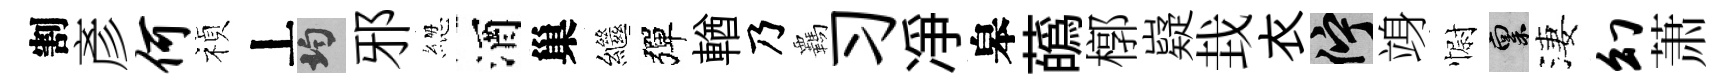
割彥何禎丄均邪緫酒巢繼彈輶乃覊习凈皋蘤槨嶷㘽衣伫竧𢠢禀淒幻萧